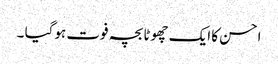
احسن کا ایک چھوٹا بچہ فوت ہوگیا ۔